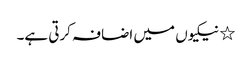
٭ نیکیوں میں اضافہ کرتی ہے۔